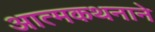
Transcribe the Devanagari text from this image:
आत्मकथनाने